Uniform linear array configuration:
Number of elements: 64
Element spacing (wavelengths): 0.25
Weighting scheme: hamming
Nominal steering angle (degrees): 45
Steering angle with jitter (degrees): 43.64
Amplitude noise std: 0.05
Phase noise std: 0.05

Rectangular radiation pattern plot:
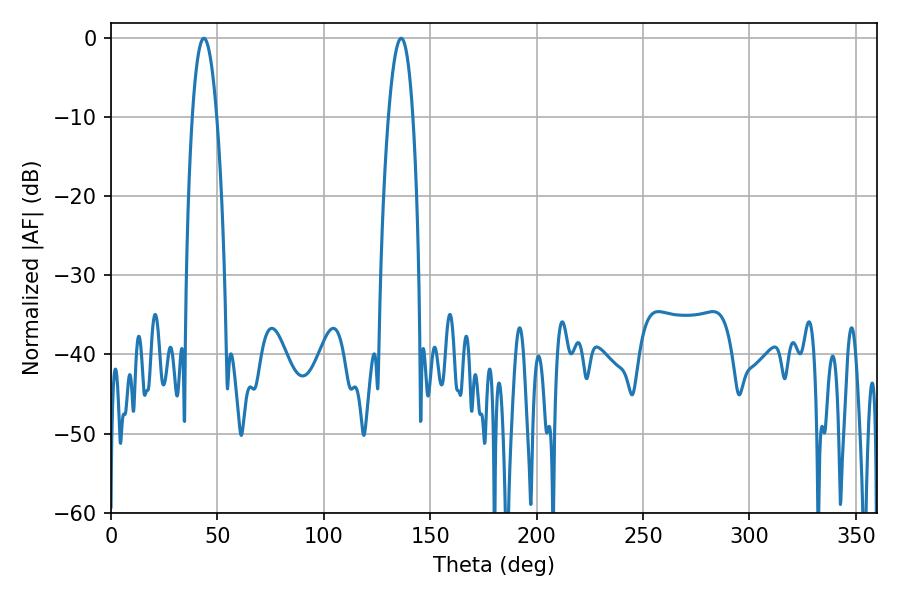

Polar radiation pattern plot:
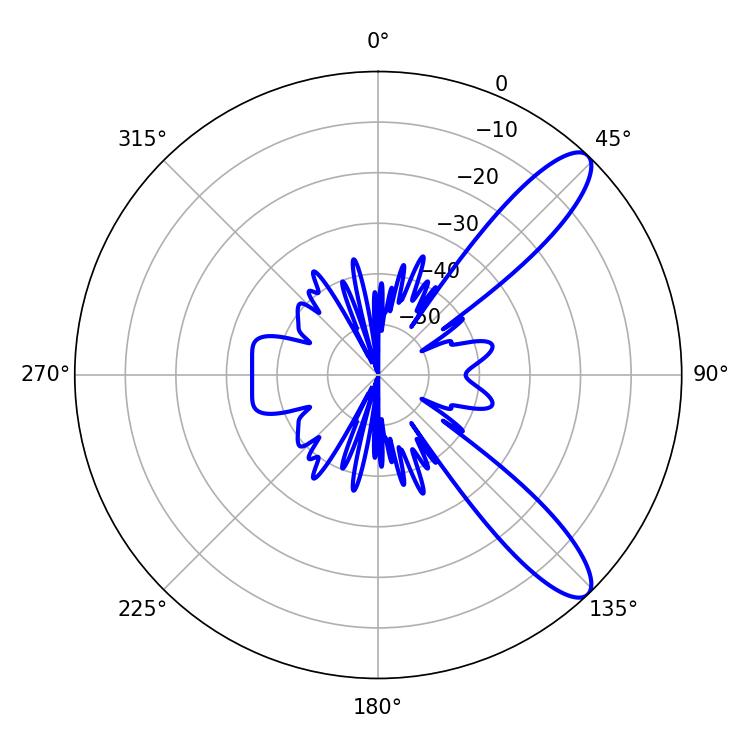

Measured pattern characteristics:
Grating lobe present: FALSE
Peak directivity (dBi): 10.837
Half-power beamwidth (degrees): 6.48
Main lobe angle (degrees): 43.56